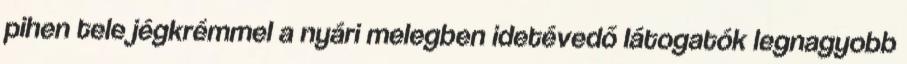
pihen tele jégkrémmel a nyári melegben idetévedő látogatók legnagyobb